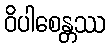
ဝိပါစေန္တဿ